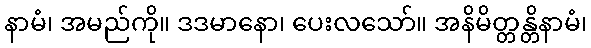
နာမံ၊ အမည်ကို။ ဒဒမာနော၊ ပေးလသော်။ အနိမိတ္တန္တိနာမံ၊